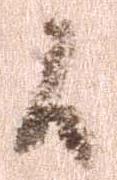
候